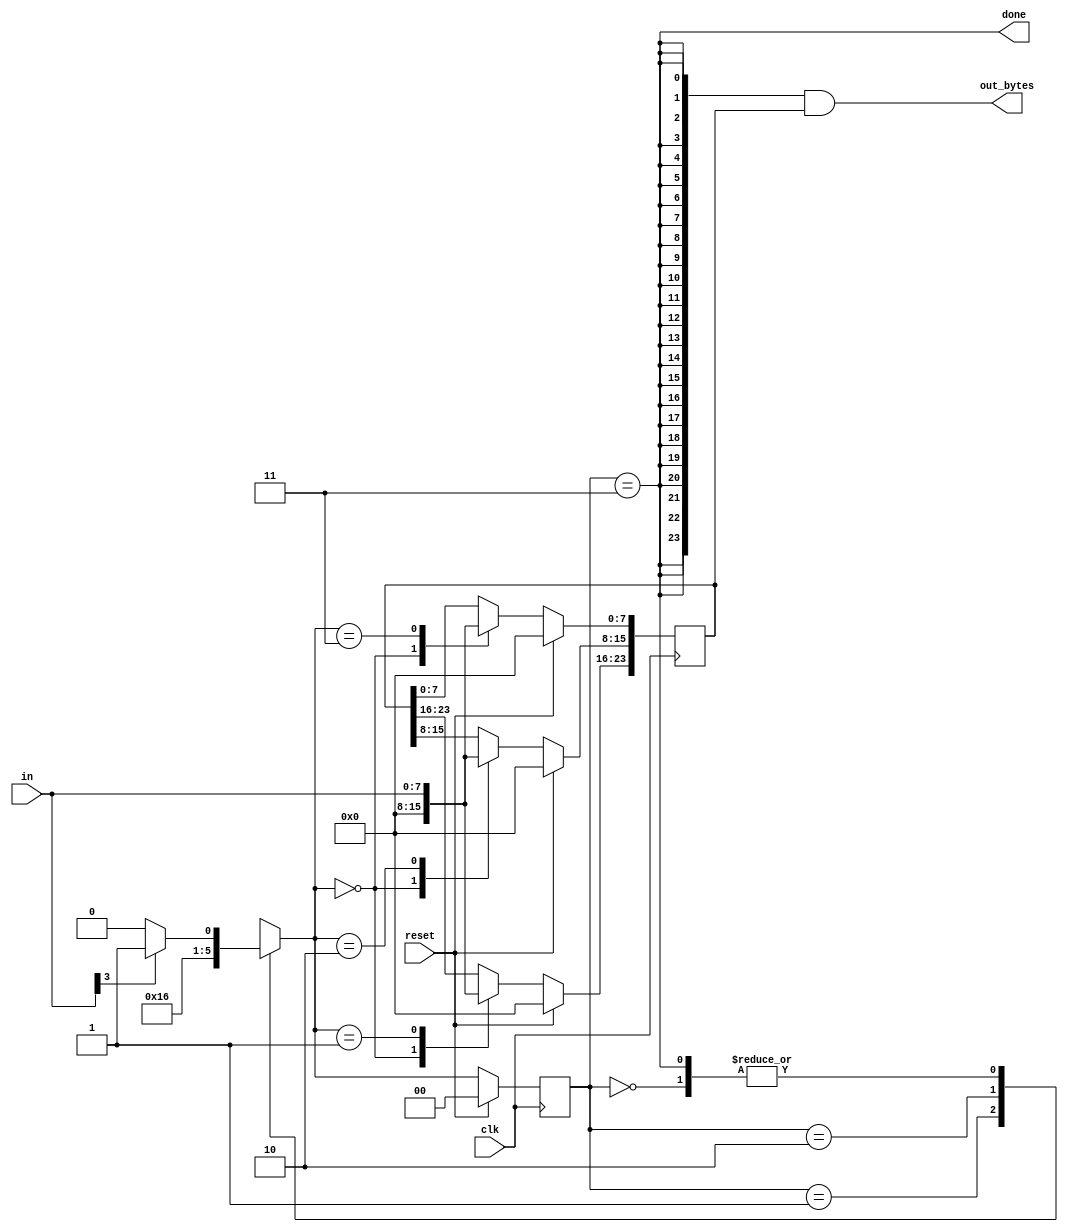
module fsm_ps2data(
   
    input               clk,
    input   [7:0]       in,
    input               reset,    // Synchronous reset
    output  [23:0]      out_bytes,
    output              done
    
    ); //

    // FSM from fsm_ps2
    parameter S0_IDLE 	= 2'd0;
    parameter S1_BYTE1 	= 2'd1;   
    parameter S2_BYTE2 	= 2'd2;
    parameter S3_BYTE3 	= 2'd3;       
        
    reg		[1:0]	    cur_state;
    reg     [1:0]       next_state;   
    reg     [23:0]      data_tmp;
    
    // State transition logic (combinational)
    always @ (*) begin
        case(cur_state)
            S0_IDLE:    if (in[3])
                		    next_state = S1_BYTE1;
                        else 
                            next_state = S0_IDLE;
            S1_BYTE1:
                		next_state = S2_BYTE2;                        
            S2_BYTE2:
                		next_state = S3_BYTE3;                        
            S3_BYTE3:   if (in[3])
                		    next_state = S1_BYTE1;
                        else 
                            next_state = S0_IDLE;
            default : 
                        next_state = S0_IDLE;
        endcase
    end                                 
    

    // State flip-flops (sequential)
    always @ (posedge clk) begin
        if (reset) begin
            cur_state <= S0_IDLE;
        end else begin
            cur_state <= next_state;
        end
    end

    // Output logic

    assign done = cur_state == S3_BYTE3;

    // New: Datapath to store incoming bytes.

    always @ (posedge clk) begin
        if (reset) begin
            data_tmp <= 24'd0;
        end else begin
        	case (next_state)
            	S0_IDLE     :   data_tmp            <= 24'd0;
                S1_BYTE1    :   data_tmp[23:16]     <= in;
                S2_BYTE2    :   data_tmp[15:8]      <= in;
                S3_BYTE3    :   data_tmp[7:0]     	<= in;
            	default     :   data_tmp            <= 24'd0;
        	endcase
        end
    end

    assign  out_bytes = {24{cur_state == S3_BYTE3}} & (data_tmp);

endmodule